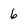
Character: 6